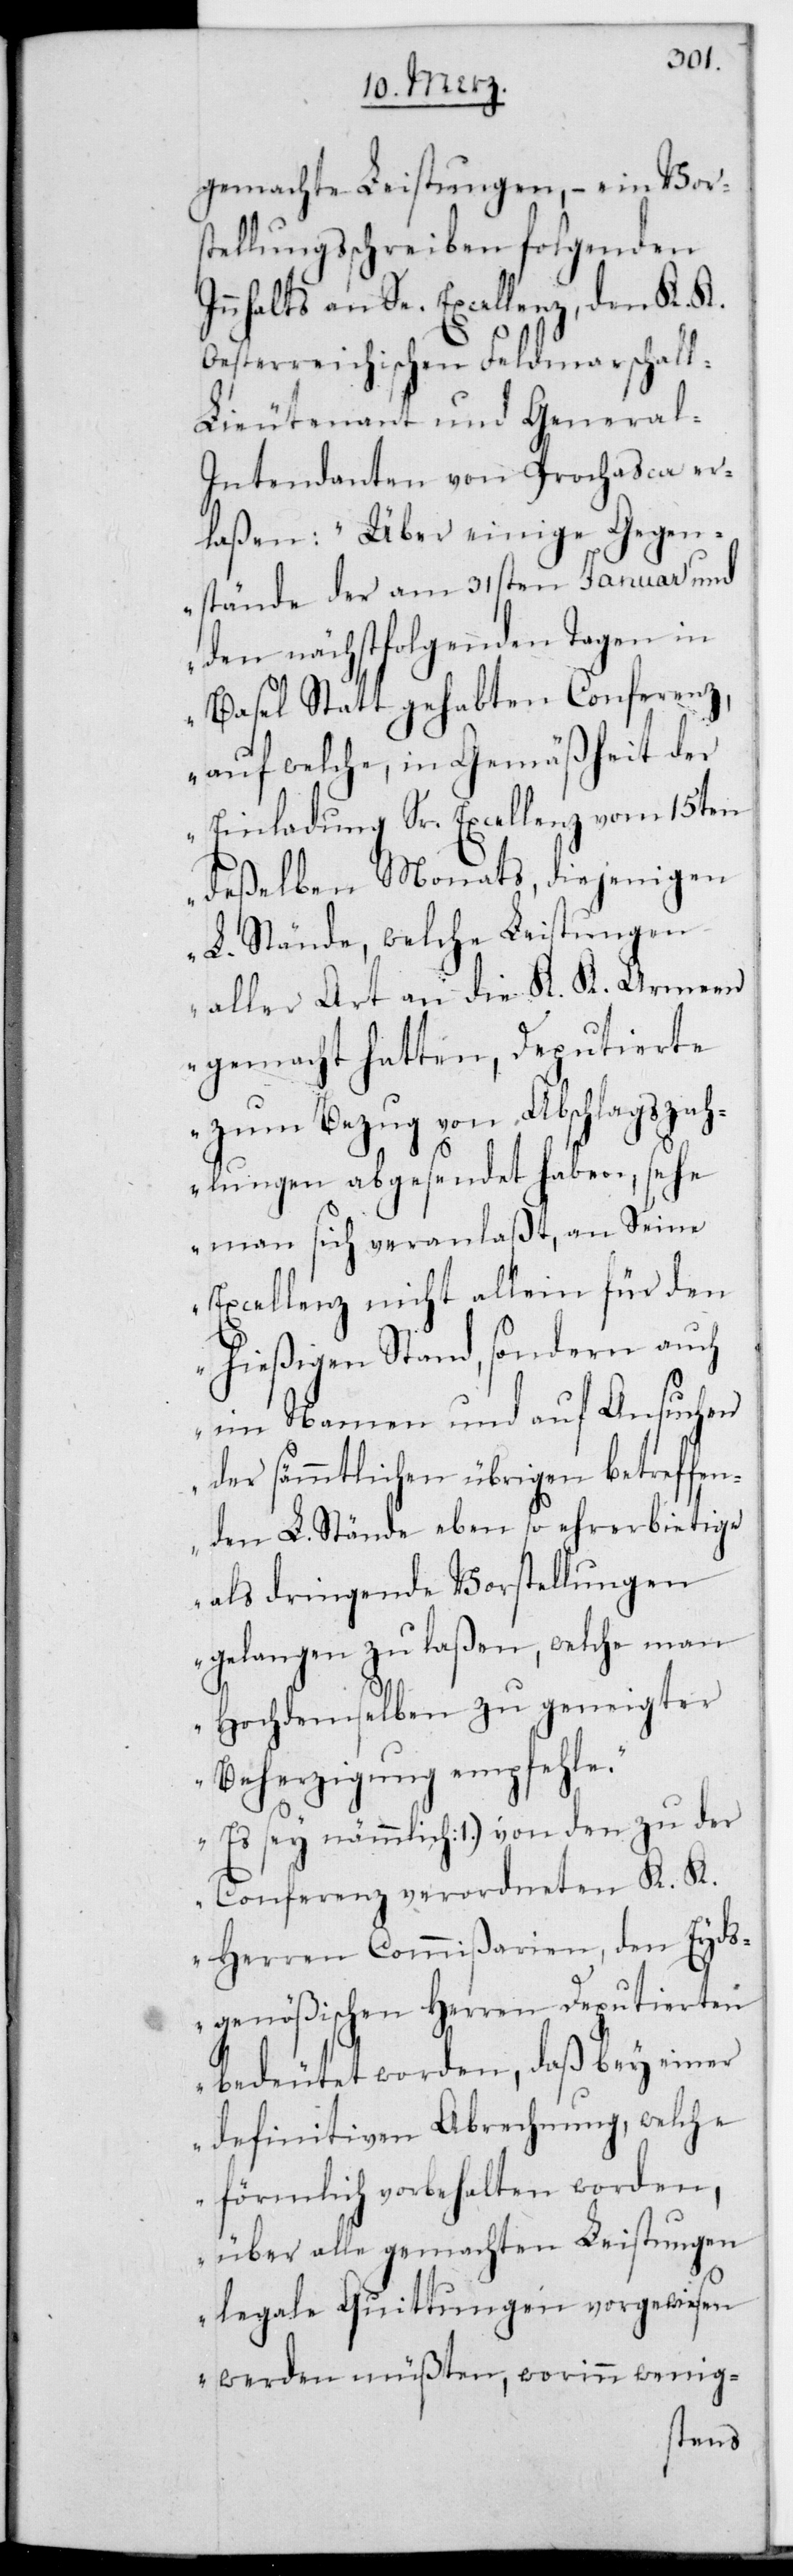
gemachte Leistungen, – ein Vors¬
tellungsschreiben folgenden
Innhalts an Se. Excellenz den K. K.
Oesterreichischen Feldmarschal¬
l-Lieutenant und General-I¬
ntendanten von Prochaska er¬
laßen: „Über einige Gegen¬
stände der am 31sten Januar und
den nächstfolgenden Tagen in
Basel Statt gehabten Conferenz,
auf welche, in Gemäßheit der
Einladung Sr. Excellenz vom 15ten
deßelben Monats, diejenigen
L. Stände, welche Leistungen
aller Art an die K. K. Armeen
gemacht hatten, Deputierte
zum Bezug von Abschlagszah¬
lungen abgesendet haben, sehe
man sich veranlaßt, an Seine
Excellenz nicht allein für den
hießigen Stand, sondern auch
im Namen und auf Ansuchen
der sämmtlichen übrigen betreffen¬
den L. Stände eben so ehrerbietige
als dringende Vorstellungen
gelangen zu laßen, welche man
Hochdenselben zu geneigter
Beherzigung empfehle.
Conferenz verordneten K. K.
Herren Commißarien, den Eyds¬
genößischen Herren Deputierten
bedeutet worden, daß bey einer
definitiven Abrechnung, welche
förmlich vorbehalten worden,
über alle gemachten Leistungen
legale Quittungen vorgewiesen
werden müßten, worinn wenig-